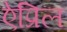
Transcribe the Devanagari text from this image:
ऐप्रिल